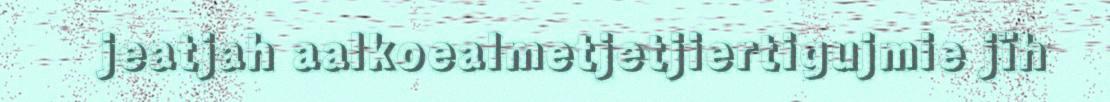
jeatjah aalkoealmetjetjiertigujmie jïh